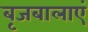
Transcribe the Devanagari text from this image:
बृजबालाएं